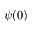
\psi ( 0 )